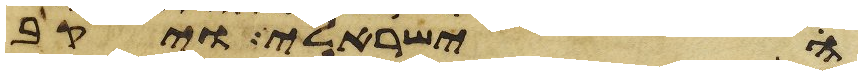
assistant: ישראלי ויקב